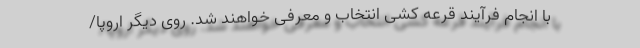
با انجام فرآیند قرعه کشی انتخاب و معرفی خواهند شد. روی دیگر اروپا/